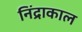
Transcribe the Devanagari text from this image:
निंद्राकाल